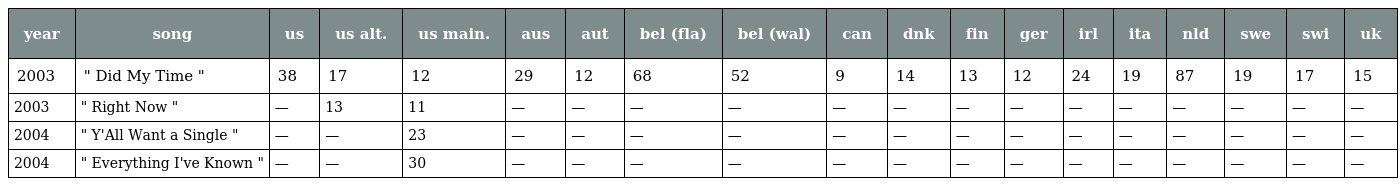
| year | song | us | us alt. | us main. | aus | aut | bel (fla) | bel (wal) | can | dnk | fin | ger | irl | ita | nld | swe | swi | uk |
 | --- | --- | --- | --- | --- | --- | --- | --- | --- | --- | --- | --- | --- | --- | --- | --- | --- | --- | --- |
 | 2003 | " Did My Time " | 38 | 17 | 12 | 29 | 12 | 68 | 52 | 9 | 14 | 13 | 12 | 24 | 19 | 87 | 19 | 17 | 15 |
 | 2003 | " Right Now " | — | 13 | 11 | — | — | — | — | — | — | — | — | — | — | — | — | — | — |
 | 2004 | " Y'All Want a Single " | — | — | 23 | — | — | — | — | — | — | — | — | — | — | — | — | — | — |
 | 2004 | " Everything I've Known " | — | — | 30 | — | — | — | — | — | — | — | — | — | — | — | — | — | — |